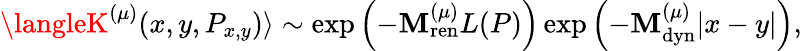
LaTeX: \langleK^{(\mu)}(x,y,P_{x,y})\rangle\sim\exp\left(-\mathbf{M}_{\mathrm{{ren}}}^{(\mu)}L(P)\right)\exp\left(-\mathbf{M}_{\mathrm{{dyn}}}^{(\mu)}|x-y|\right),